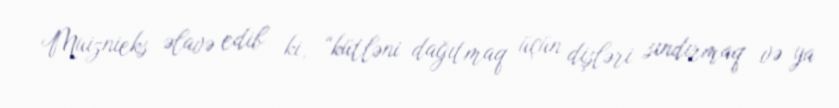
Muiznieks əlavə edib ki, “kütləni dağıtmaq üçün dişləri sındırmaq və ya